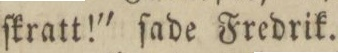
ſkratt!' ſade Fredrik.